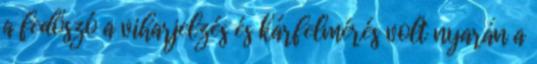
a fedőszó a viharjelzés és kárfelmérés volt nyarán a